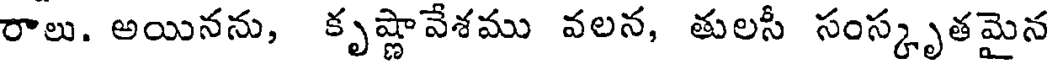
రాలు. అయినను, కృష్ణావేశము వలన, తులసీ సంస్కృతమైన